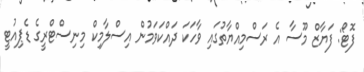
ފޮޓޯ: ފަޔާޒް މޫސާ އެ ރަސްމިއްޔާތުގައި ވާހަކަ ދައްކަވަމުން އިސްލާމިކް މިނިސްޓްރީގެ ޑެޕިއުޓީ